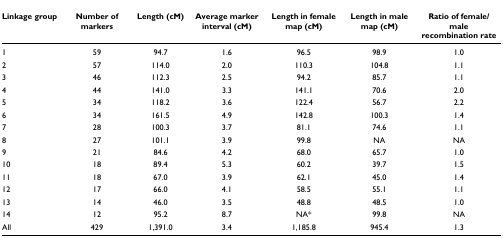
<table><thead><tr><td><b>Linkage group</b></td><td><b>Number of markers</b></td><td><b>Length (cM)</b></td><td><b>Average marker interval (cM)</b></td><td><b>Length in female map (cM)</b></td><td><b>Length in male map (cM)</b></td><td><b>Ratio of female/male recombination rate</b></td></tr></thead><tbody><tr><td>1</td><td>59</td><td>94.7</td><td>1.6</td><td>96.5</td><td>98.9</td><td>1.0</td></tr><tr><td>2</td><td>57</td><td>114.0</td><td>2.0</td><td>110.3</td><td>104.8</td><td>1.1</td></tr><tr><td>3</td><td>46</td><td>112.3</td><td>2.5</td><td>94.2</td><td>85.7</td><td>1.1</td></tr><tr><td>4</td><td>44</td><td>141.0</td><td>3.3</td><td>141.1</td><td>70.6</td><td>2.0</td></tr><tr><td>5</td><td>34</td><td>118.2</td><td>3.6</td><td>122.4</td><td>56.7</td><td>2.2</td></tr><tr><td>6</td><td>34</td><td>161.5</td><td>4.9</td><td>142.8</td><td>100.3</td><td>1.4</td></tr><tr><td>7</td><td>28</td><td>100.3</td><td>3.7</td><td>81.1</td><td>74.6</td><td>1.1</td></tr><tr><td>8</td><td>27</td><td>101.1</td><td>3.9</td><td>99.8</td><td>NA</td><td>NA</td></tr><tr><td>9</td><td>21</td><td>84.6</td><td>4.2</td><td>68.0</td><td>65.7</td><td>1.0</td></tr><tr><td>10</td><td>18</td><td>89.4</td><td>5.3</td><td>60.2</td><td>39.7</td><td>1.5</td></tr><tr><td>11</td><td>18</td><td>67.0</td><td>3.9</td><td>62.1</td><td>45.0</td><td>1.4</td></tr><tr><td>12</td><td>17</td><td>66.0</td><td>4.1</td><td>58.5</td><td>55.1</td><td>1.1</td></tr><tr><td>13</td><td>14</td><td>46.0</td><td>3.5</td><td>48.8</td><td>48.5</td><td>1.0</td></tr><tr><td>14</td><td>12</td><td>95.2</td><td>8.7</td><td>NA*</td><td>99.8</td><td>NA</td></tr><tr><td>All</td><td>429</td><td>1,391.0</td><td>3.4</td><td>1,185.8</td><td>945.4</td><td>1.3</td></tr></tbody></table>